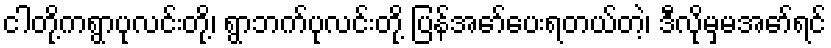
ငါတို့ကရွာပုလင်းတို့၊ ရွာဘက်ပုလင်းတို့ ပြန်အော်ပေးရတယ်တဲ့၊ ဒီလိုမှမအော်ရင်